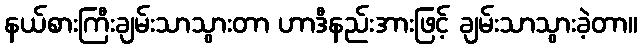
နယ်စားကြီးချမ်းသာသွားတာ ဟာဒီနည်းအားဖြင့် ချမ်းသာသွားခဲ့တာ။